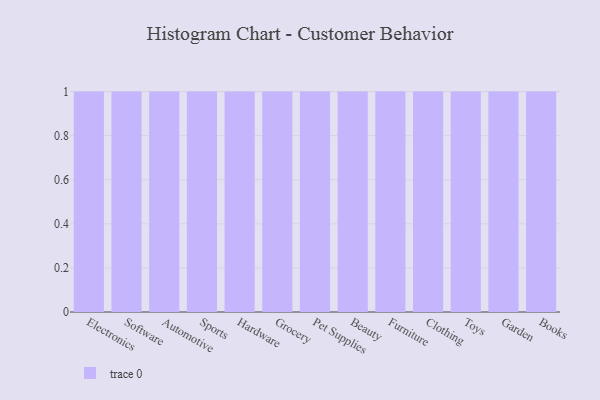
{"axis": {"x": "Category", "y": "Gross Profit (USD K)"}, "legend": [""], "data": [{"x": "Electronics", "y": 18, "type": ""}, {"x": "Software", "y": 12, "type": ""}, {"x": "Automotive", "y": 96, "type": ""}, {"x": "Sports", "y": 82, "type": ""}, {"x": "Hardware", "y": 66, "type": ""}, {"x": "Grocery", "y": 13, "type": ""}, {"x": "Pet Supplies", "y": 9, "type": ""}, {"x": "Beauty", "y": 66, "type": ""}, {"x": "Furniture", "y": 26, "type": ""}, {"x": "Clothing", "y": 8, "type": ""}, {"x": "Toys", "y": 86, "type": ""}, {"x": "Garden", "y": 75, "type": ""}, {"x": "Books", "y": 32, "type": ""}]}